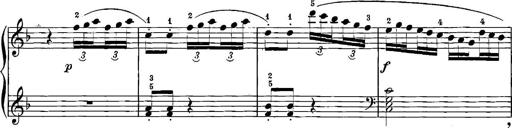
Title: 12 Sonatinas
Composer: Ignaz Pleyel